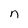
Character: n